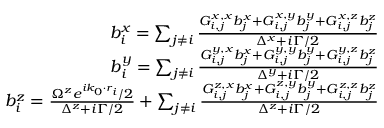
\begin{array} { r } { b _ { i } ^ { x } = \sum _ { j \neq i } \frac { G _ { i , j } ^ { x , x } b _ { j } ^ { x } + G _ { i , j } ^ { x , y } b _ { j } ^ { y } + G _ { i , j } ^ { x , z } b _ { j } ^ { z } } { \Delta ^ { x } + i \Gamma / 2 } } \\ { b _ { i } ^ { y } = \sum _ { j \neq i } \frac { G _ { i , j } ^ { y , x } b _ { j } ^ { x } + G _ { i , j } ^ { y , y } b _ { j } ^ { y } + G _ { i , j } ^ { y , z } b _ { j } ^ { z } } { \Delta ^ { y } + i \Gamma / 2 } } \\ { b _ { i } ^ { z } = \frac { \Omega ^ { z } e ^ { i k _ { 0 } \cdot r _ { i } } / 2 } { \Delta ^ { z } + i \Gamma / 2 } + \sum _ { j \neq i } \frac { G _ { i , j } ^ { z , x } b _ { j } ^ { x } + G _ { i , j } ^ { z , y } b _ { j } ^ { y } + G _ { i , j } ^ { z , z } b _ { j } ^ { z } } { \Delta ^ { z } + i \Gamma / 2 } } \end{array}